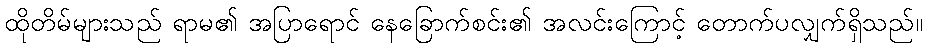
ထိုတိမ်များသည် ရာမ၏ အပြာရောင် နေခြောက်စင်း၏ အလင်းကြောင့် တောက်ပလျှက်ရှိသည်။